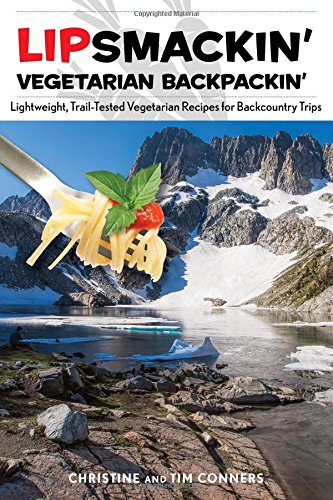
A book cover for Lipsmackin' Vegetarian Backpackin': Lightweight, Trail-Tested Vegetarian Recipes for Backcountry Trips; Christine Conners; Cookbooks, Food & Wine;